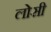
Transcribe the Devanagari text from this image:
लोसी